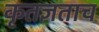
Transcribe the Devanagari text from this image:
कृतज्ञताच